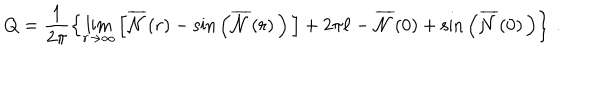
Q = \frac { 1 } { 2 \pi } \left\{ \lim _ { r { \rightarrow } { \infty } } \left[ \overline { { { \cal { N } } } } ( r ) - { \sin } \left( \overline { { { \cal { N } } } } ( r ) \, \right) \, \right] + 2 \pi \ell - \overline { { { \cal { N } } } } ( 0 ) + { \sin } \left( \overline { { { \cal { N } } } } ( 0 ) \, \right) \right\} \, .